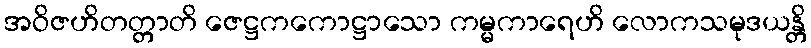
အဝိဇဟိတတ္တာတိ ဇေဋ္ဌကကောဋ္ဌာသော ကမ္မကာရေဟိ လောကသမုဒယန္တိ